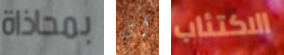
بمحاذاة أي الاكتئاب